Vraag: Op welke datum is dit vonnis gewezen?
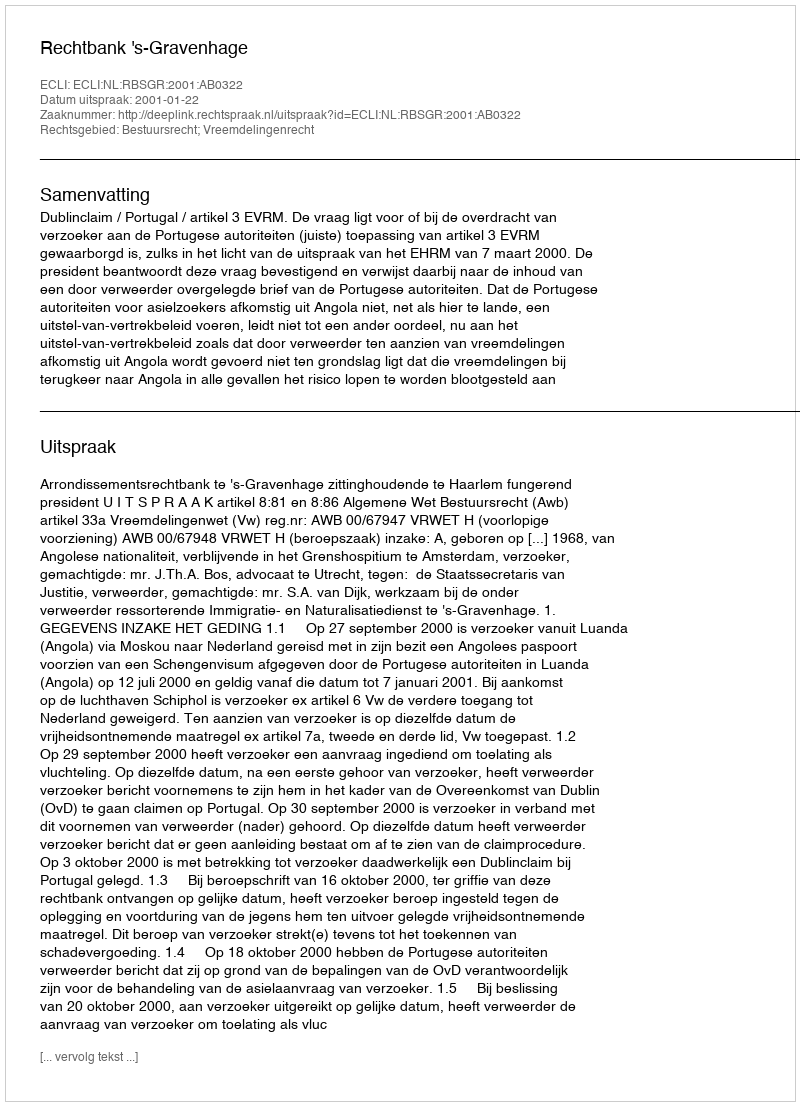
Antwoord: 2001-01-22